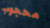
محجوب